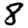
Digit: 8